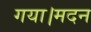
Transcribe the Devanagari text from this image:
गया।मदन